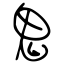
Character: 鬼